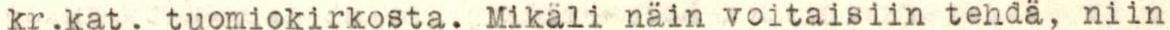
kr.kat. tuomiokirkosta. Mikäli näin voitaisiin tehdä, niin